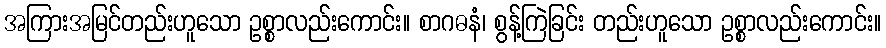
အကြားအမြင်တည်းဟူသော ဥစ္စာလည်းကောင်း။ စာဂဓနံ၊ စွန့်ကြဲခြင်း တည်းဟူသော ဥစ္စာလည်းကောင်း။